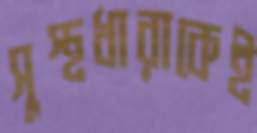
সুস্থধারাকেই